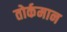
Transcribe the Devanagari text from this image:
तोर्कमान